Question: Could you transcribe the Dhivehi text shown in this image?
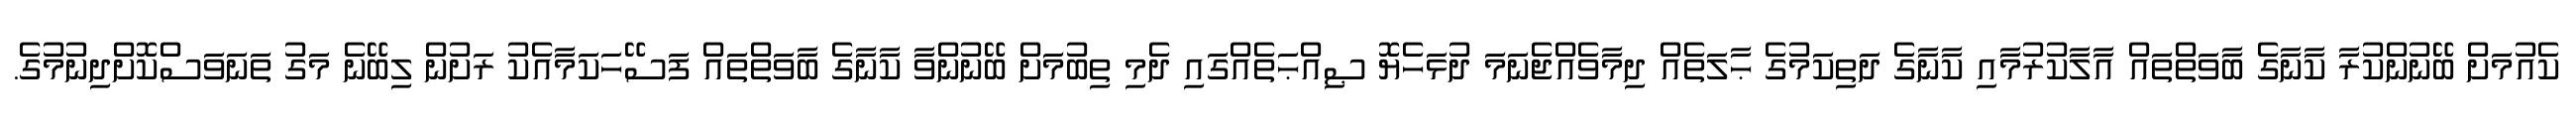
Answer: ކެއުމަށް ބޭނުންކުރާ ކާނާގެ ބާވަތްތައް އާލާކުރުމާއި ކާނާގެ ދަތިކަމުގެ ޙާލަތެއް ދިމާވެއްޖެނަމަ ދުޅަހެޔޮ ޞިއްޙަތެއްގައި ދެމި ތިބުމަށް ބޭނުންވާ ކާނާގެ ބާވަތްތައް ފަސޭހަކަމާއެކު ރަށުން ލިބޭނެ މަގު ތަނަވަސްކޮށްދިނުމުގެ.